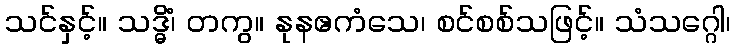
သင်နှင့်။ သဒ္ဓိံ၊ တကွ။ နုနဧကံသေ၊ စင်စစ်သဖြင့်။ သံသဂ္ဂေါ၊